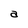
Character: a